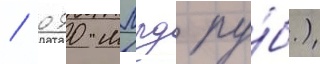
/ 090 млрд ру́б.)